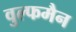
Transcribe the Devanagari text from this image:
वुल्फमैन